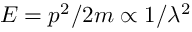
E = p ^ { 2 } / 2 m \propto 1 / \lambda ^ { 2 }